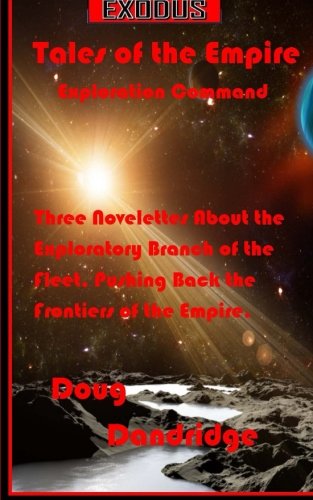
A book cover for Exodus: Tales of the Empire: Exploration Command (Volume 1); Doug Dandridge; Science Fiction & Fantasy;